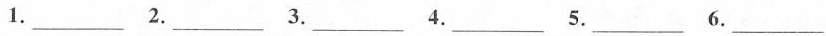
1.___ 2.___ 3.___ 4.___ 5.___ 6.___